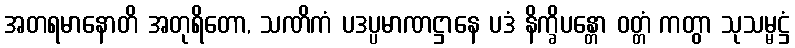
အတရမာနောတိ အတုရိတော, သဏိကံ ပဒပ္ပမာဏဋ္ဌာနေ ပဒံ နိက္ခိပန္တော ဝတ္တံ ကတွာ သုသမ္မဋ္ဌံ